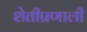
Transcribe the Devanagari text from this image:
शेतीप्रणाली